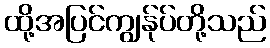
ထို့အပြင်ကျွန်ုပ်တို့သည်